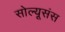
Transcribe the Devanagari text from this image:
सोल्यूसंस